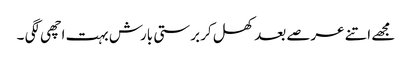
مجھے اتنے عرصے بعد کھل کر برستی بارش بہت اچھی لگی ۔